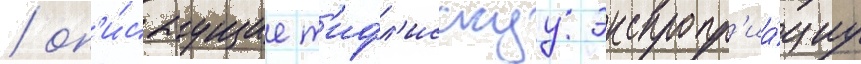
/ оп'и́сываущие т'ифл'исскуу экспропр'иа́циу